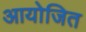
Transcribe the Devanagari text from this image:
आयोजित